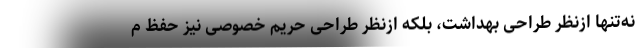
نه‌تنها ازنظر طراحی بهداشت، بلکه ازنظر طراحی حریم خصوصی نیز حفظ م